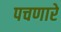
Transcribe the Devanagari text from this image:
पचणारे